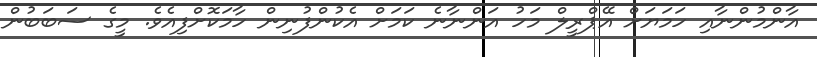
އާންމުންނާއި ހަމަޔަށް އޭޕްރީލް މަހު އަންނާނެ ކަމަށް އެކުންފުނިން ހާމަކޮށްފިއެވެ. މީގެ ސަބަބުން